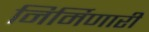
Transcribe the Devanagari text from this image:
निर्मिणारी